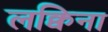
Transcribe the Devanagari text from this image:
लक्विना